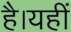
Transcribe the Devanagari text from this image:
है।यहीं